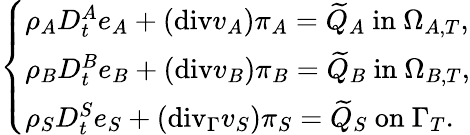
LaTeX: \left\{ \begin{array}{ll}{\rho_{A}D_{t}^{A}e_{A}+(\mathrm{{div}}v_{A})\pi_{A}=\widetilde{Q}_{A}\mathrm{~in~}\Omega_{A,T},}\\ {\rho_{B}D_{t}^{B}e_{B}+({\mathrm{div}}v_{B})\pi_{B}=\widetilde{Q}_{B}\mathrm{~in~}\Omega_{B,T},}\\ {\rho_{S}D_{t}^{S}e_{S}+(\mathrm{{div}}_{\Gamma}v_{S})\pi_{S}=\widetilde{Q}_{S}\mathrm{~on~}\Gamma_{T}.}\end{array}\right.